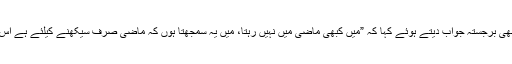
“ جس پر عمران خان نے بھی برجستہ جواب دیتے ہوئے کہا کہ ”میں کبھی ماضی میں نہیں رہتا، میں یہ سمجھتا ہوں کہ ماضی صرف سیکھنے کیلئے ہے اس لئے میں آگے دیکھتا ہوں۔